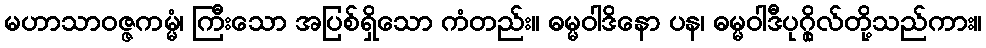
မဟာသာဝဇ္ဇကမ္မံ၊ ကြီးသော အပြစ်ရှိသော ကံတည်း။ ဓမ္မဝါဒိနော ပန၊ ဓမ္မဝါဒီပုဂ္ဂိုလ်တို့သည်ကား။